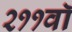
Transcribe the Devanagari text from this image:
२११वॉ